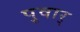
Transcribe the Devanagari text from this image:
पुवार्